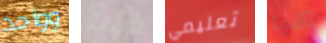
وواحد قلت تعليمي هيا